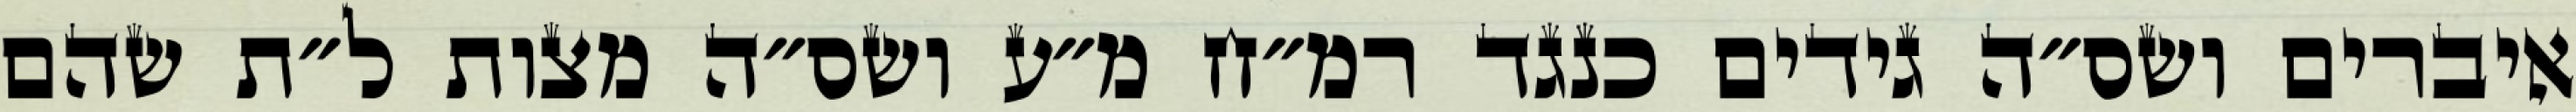
איברים ושס״ה גידים כנגד רמ״ח מ״ע ושס״ה מצות ל״ת שהם